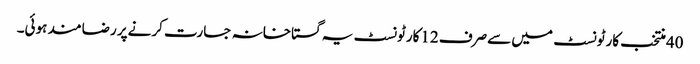
40منتخب کارٹونسٹ میں سےصرف 12کارٹونسٹ یہ گستاخانہ جسارت کرنےپر رضامند ہوئی۔